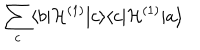
\hspace { - 9 . 8 c m } \sum _ { c } \langle b | { \cal H } ^ { ( 1 ) } | c \rangle \langle c | { \cal H } ^ { ( 1 ) } | a \rangle